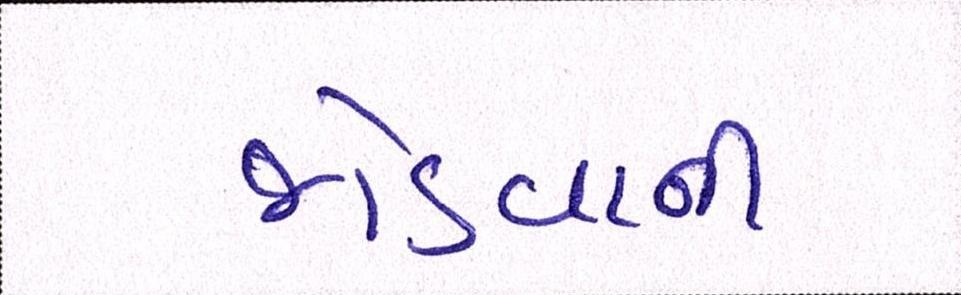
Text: જોડવાની